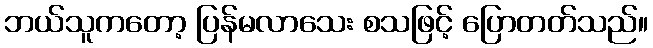
ဘယ်သူကတော့ ပြန်မလာသေး စသဖြင့် ပြောတတ်သည်။